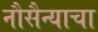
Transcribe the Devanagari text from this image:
नौसैन्याचा